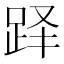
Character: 𬦫